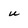
Character: u